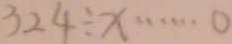
3 2 4 \div x \cdots 0